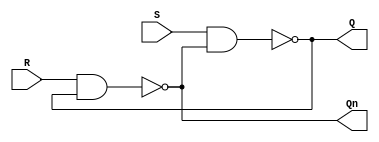
module sr_latch(
    input S,
    input R,
    output Q,
    output Qn
    );
 
wire Q_int, Qn_int;
 
assign #1 Q_int = ~(S & Qn_int);
assign #1 Qn_int = ~(R & Q_int);
assign Q = Q_int;
assign Qn = Qn_int;
 
endmodule